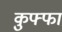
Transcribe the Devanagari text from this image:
कुफ्फा